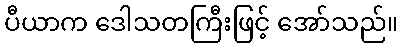
ပီယာက ဒေါသတကြီးဖြင့် အော်သည်။